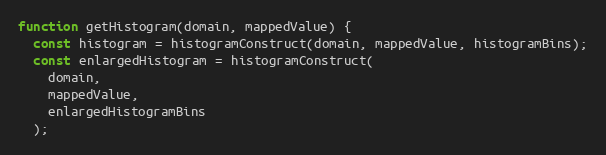
Language: JavaScript
function getHistogram(domain, mappedValue) {
  const histogram = histogramConstruct(domain, mappedValue, histogramBins);
  const enlargedHistogram = histogramConstruct(
    domain,
    mappedValue,
    enlargedHistogramBins
  );